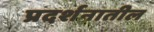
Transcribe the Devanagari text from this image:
प्रदर्शनातील